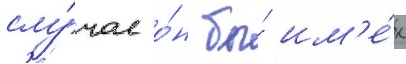
слу́чае о́н бы́ им'е́л